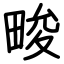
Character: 畯